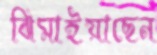
ঝিমাইয়াছেন